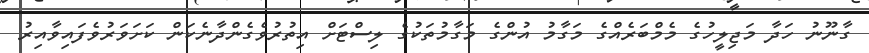
ގާނޫނު ހަދާ މަޖިލީހުގެ މެމްބަރެއްގެ މަގާމު އުންގެ މަގާމުތަކުގެ ލިސްޓަށް އިތުރުވެގެންދާނެކަން ކަށަވަރުވެފައިވާއިރު